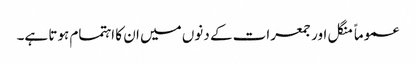
عموماً منگل اور جمعرات کے دنوں میں ان کا اہتمام ہوتا ہے۔